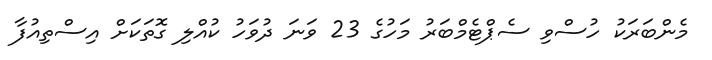
މެންބަރަކު ހުސްވި ސެޕްޓެމްބަރު މަހުގެ 23 ވަނަ ދުވަހު ކުއްލި ގޮތަކަށް އިސްތިއުފާ